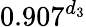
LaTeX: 0.907^{d_{3}}